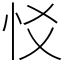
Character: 㤊